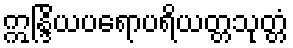
ဣန္ဒြိယပရောပရိယတ္တသုတ္တံ